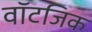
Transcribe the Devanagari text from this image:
वॉटजिक